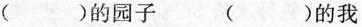
（）的园子 （）的我